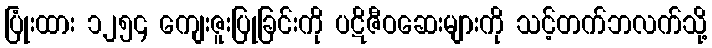
ပြုံးထား ၁၂၅၄ ကျေးဇူးပြုခြင်းကို ပဋိဇီဝဆေးများကို သင့်တက်ဘလက်သို့